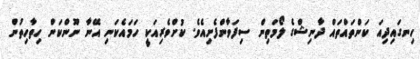
ހިނގައިދިއަ ކަންތައްތައް ދާނިޝްގެ ލޯމަތިން ސިފަވާންފެށިއެވެ. ކުށްވެރިއަކީ ހަމައެކަނި އޭނާ ނޫންކަން ހިތާހިތުން